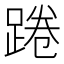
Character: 踡